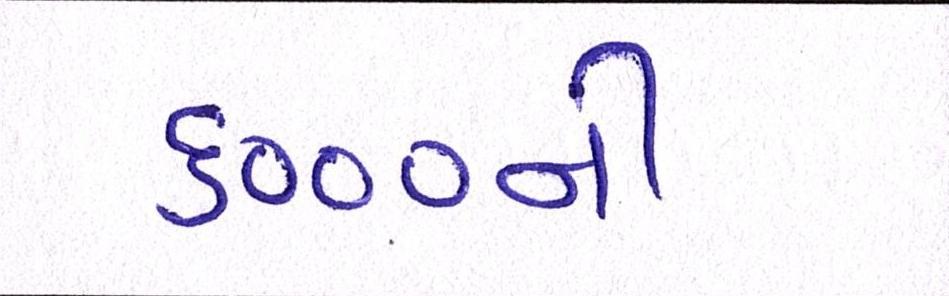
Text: ૬૦૦૦ની